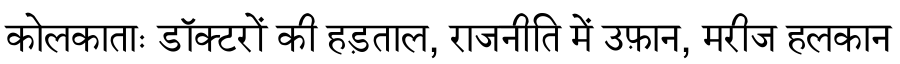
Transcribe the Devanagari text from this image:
कोलकाताः डॉक्टरों की हड़ताल, राजनीति में उफ़ान, मरीज हलकान